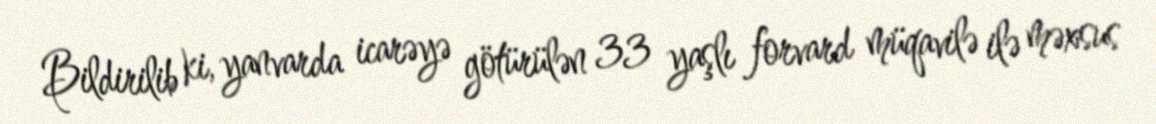
Bildirilib ki, yanvarda icarəyə götürülən 33 yaşlı forvard müqavilə ilə məxsus